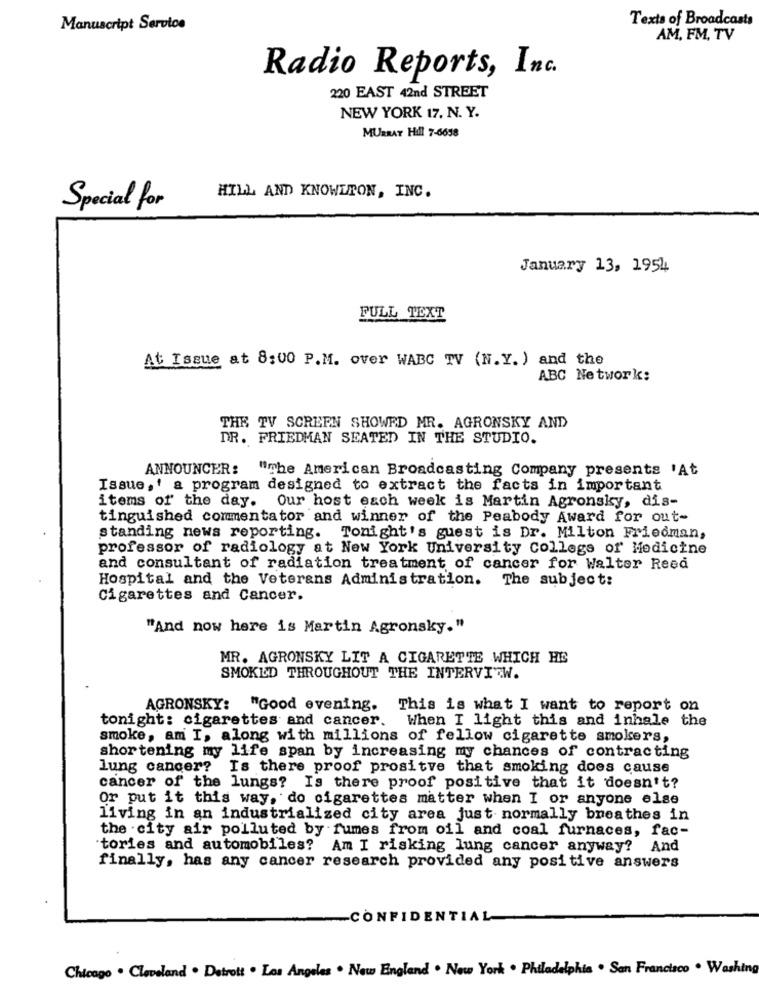
Texts of Broadcasts
Manuscript Service
AM, FM, TV
Radio Reports, Inc.
220 EAST 42nd STREET
NEW YORK 17, N. Y.
MURRAY Hill 7-6658
HILL AND KNOWLTON, INC.
Special for
January 13, 1954
FULL TEXT
At Issue at 8:00 P.M. over WABC TV (N.Y. ) and the
ABC Network:
THE TV SCREEN SHOWRD MR. AGRONSKY AND
DR. FRIEDMAN SEATED IN THE STUDIO.
ANNOUNCER:
"The American Broadcasting Company presents 'At
Issue,' a program designed to extract the facts in important
items of the day. Our host each week is Martin Agronsky, dis-
tinguished commentator and winner of the Peabody Award for out-
standing news reporting. Tonight's guest is Dr. Milton Friedman,
professor of radiology at New York University College of Medicine
and consultant of radiation treatment of cancer for Walter Reed
Hospital and the Veterans Administration. The subject:
Cigarettes and Cancer.
"And now here is Martin Agronsky."
MR. AGRONSKY LIT A CIGARETTE WHICH HE
SMOKED THROUGHOUT THE INTERVITTW.
AGRONSKY: "Good evening. This is what I want to report on
tonight: cigarettes and cancer. When I light this and inhale the
smoke, am I, along with millions of fellow cigarette smokers,
shortening my life span by increasing my chances of contracting
lung cancer? Is there proof prositve that smoking does cause
cancer of the lungs? Is there proof positive that it doesn't?
Or put it this way, do cigarettes matter when I or anyone else
living in an industrialized city area just normally breathes in
the city air polluted by fumes from oil and coal furnaces, fac-
tories and automobiles? Am I risking lung cancer anyway?
And
finally, has any cancer research provided any positive answers
-CONFIDENTIAL
Chicago . Cleveland . Detrott . Los Angeles . New England . New York . Philadelphia . San Francisco . Washing